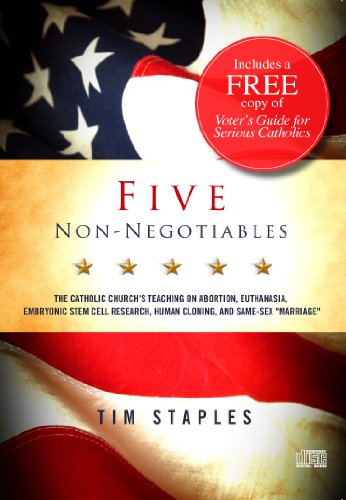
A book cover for Five Non Negotiables-The Catholic Church's Teaching on Abortion, Euthanasia, Embryonic Stem Cell Research, Human Cloning, and Same-Sex 'Marriage'; Tim Staples; Medical Books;